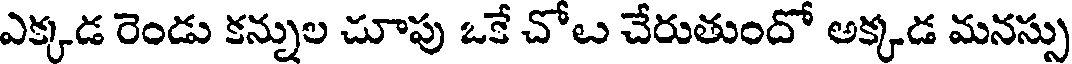
ఎక్కుడ రెండు కన్నుల చూపు ఒకే చోట చేరుతుందో అక్కడ మనస్సు